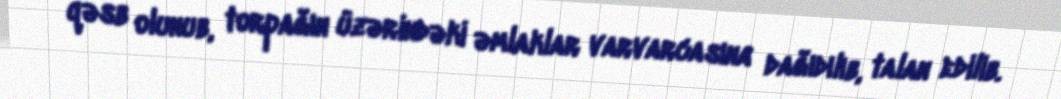
qəsb olunub, torpağın üzərindəki əmlaklar varvarcasına dağıdılıb, talan edilib.